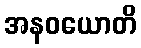
အနဝယောတိ